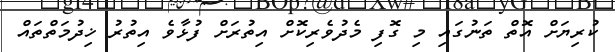
ކުރިޔަށް އޮތް ތަނުގައި މި ގޮފި މެދުވެރިކޮށް އިތުރަށް ފުޅާވެ އިތުރު ޚިދުމަތްތައް